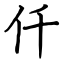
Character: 仟